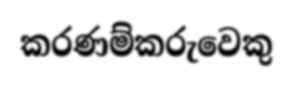
කරණම්කරුවෙකු